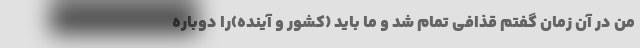
من در آن زمان گفتم قذافی تمام شد و ما باید (کشور و آینده)را دوباره